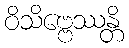
ဝိသိဗ္ဗေဿန္တိ